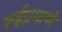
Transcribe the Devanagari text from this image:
रूईप्रमाणे